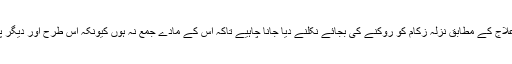
طب مشرقی کے اصول علاج کے مطابق نزلہ زکام کو روکنے کی بجائے نکلنے دیا جانا چاہیے تاکہ اس کے مادے جمع نہ ہوں کیونکہ اس طرح اور دیگر پیچید گیاں پیداہوجاتی ہیں۔